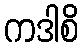
ကဒါစိ